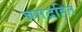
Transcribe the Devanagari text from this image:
जगद्रहित